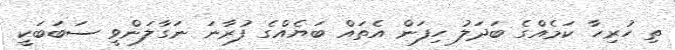
ތި ހުރިހާ ކަމެއްގެ ބަދަލު ހިފަން އެތައް ބަޔެއްގެ ފުރާނަ ނަގާލަންވީ ސަބަބަކީ